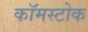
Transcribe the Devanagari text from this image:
कॉमस्टोक